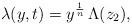
LaTeX: \begin{align*}\lambda(y,t)=y^{\frac{1}{n}}\,\Lambda(z_2),\end{align*}